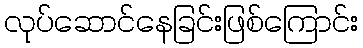
လုပ်ဆောင်နေခြင်းဖြစ်ကြောင်း